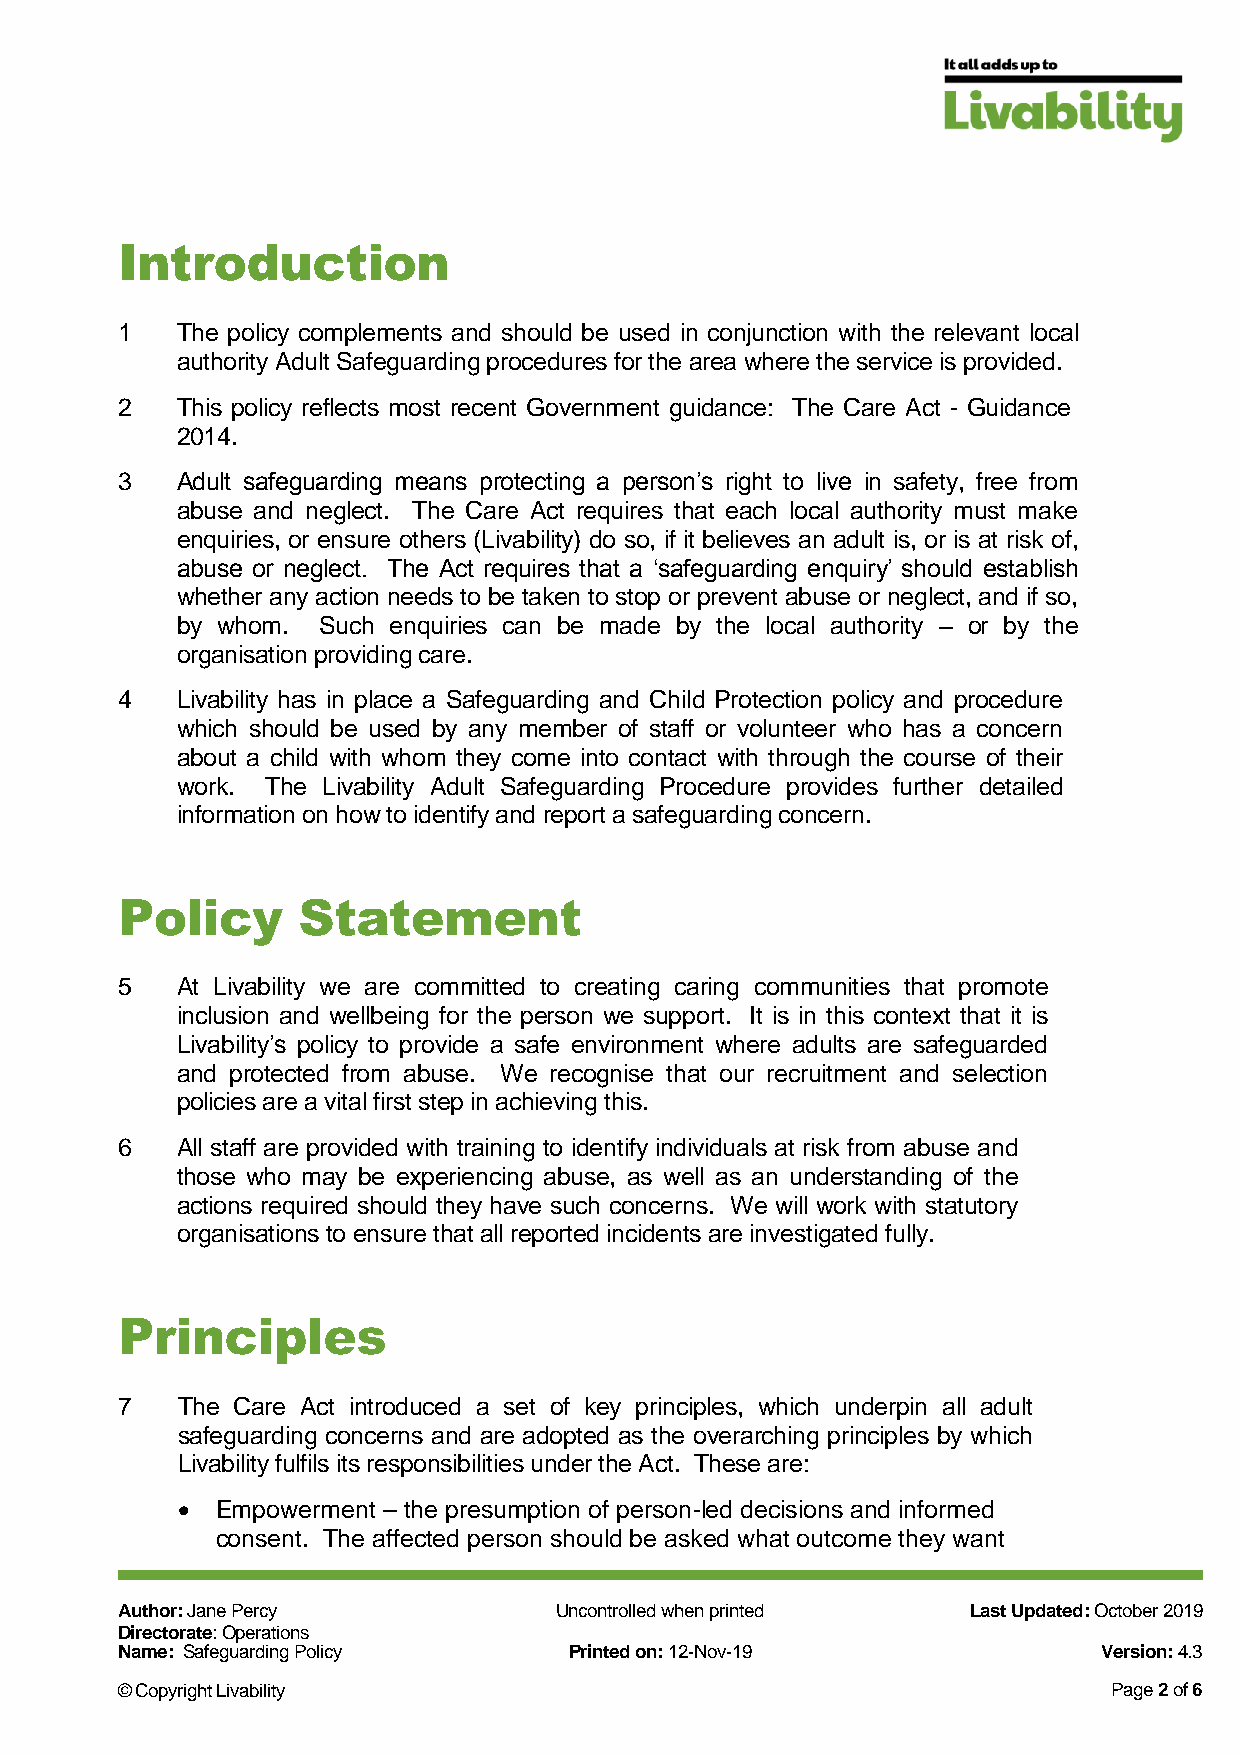
Introduction
 1   The policy complements and should be used in conjunction with the relevant local
 authority Adult Safeguarding procedures for the area where the service is provided.
 2   This policy reflects most recent Government guidance: The Care Act - Guidance
 2014.
 3   Adult safeguarding means protecting a person’s right to live in safety, free from
 abuse and neglect. The Care Act requires that each local authority must make
 enquiries, or ensure others (Livability) do so, if it believes an adult is, or is at risk of,
 abuse or neglect. The Act requires that a ‘safeguarding enquiry’ should establish
 whether any action needs to be taken to stop or prevent abuse or neglect, and if so,
 by whom. Such enquiries can be made by the local authority – or by the
 organisation providing care.
 4   Livability has in place a Safeguarding and Child Protection policy and procedure
 which should be used by any member of staff or volunteer who has a concern
 about a child with whom they come into contact with through the course of their
 work. The Livability Adult Safeguarding Procedure provides further detailed
 information on how to identify and report a safeguarding concern.
 Policy      Statement
 5   At Livability we are committed to creating caring communities that promote
 inclusion and wellbeing for the person we support. It is in this context that it is
 Livability’s policy to provide a safe environment where adults are safeguarded
 and protected from abuse. We recognise that our recruitment and selection
 policies are a vital first step in achieving this.
 6   All staff are provided with training to identify individuals at risk from abuse and
 those who may be experiencing abuse, as well as an understanding of the
 actions required should they have such concerns. We will work with statutory
 organisations to ensure that all reported incidents are investigated fully.
 Principles
 7   The Care Act introduced a set of key principles, which underpin all adult
 safeguarding concerns and are adopted as the overarching principles by which
 Livability fulfils its responsibilities under the Act. These are:
  Empowerment – the presumption of person-led decisions and informed
 consent. The affected person should be asked what outcome they want
 Author: Jane Percy           Uncontrolled when printed  Last Updated: October 2019
 Directorate: Operations
 Name: Safeguarding Policy     Printed on: 12-Nov-19              Version: 4.3
 © Copyright Livability                                            Page 2 of 6